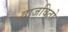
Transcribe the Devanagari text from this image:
वाजवितो